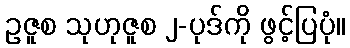
ဥဇူစ သုဟုဇူစ ၂-ပုဒ်ကို ဖွင့်ပြပုံ။